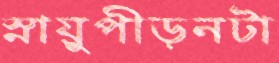
স্নায়ুপীড়নটা